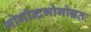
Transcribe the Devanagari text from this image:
भोगीन्द्रभोगोन्नतः